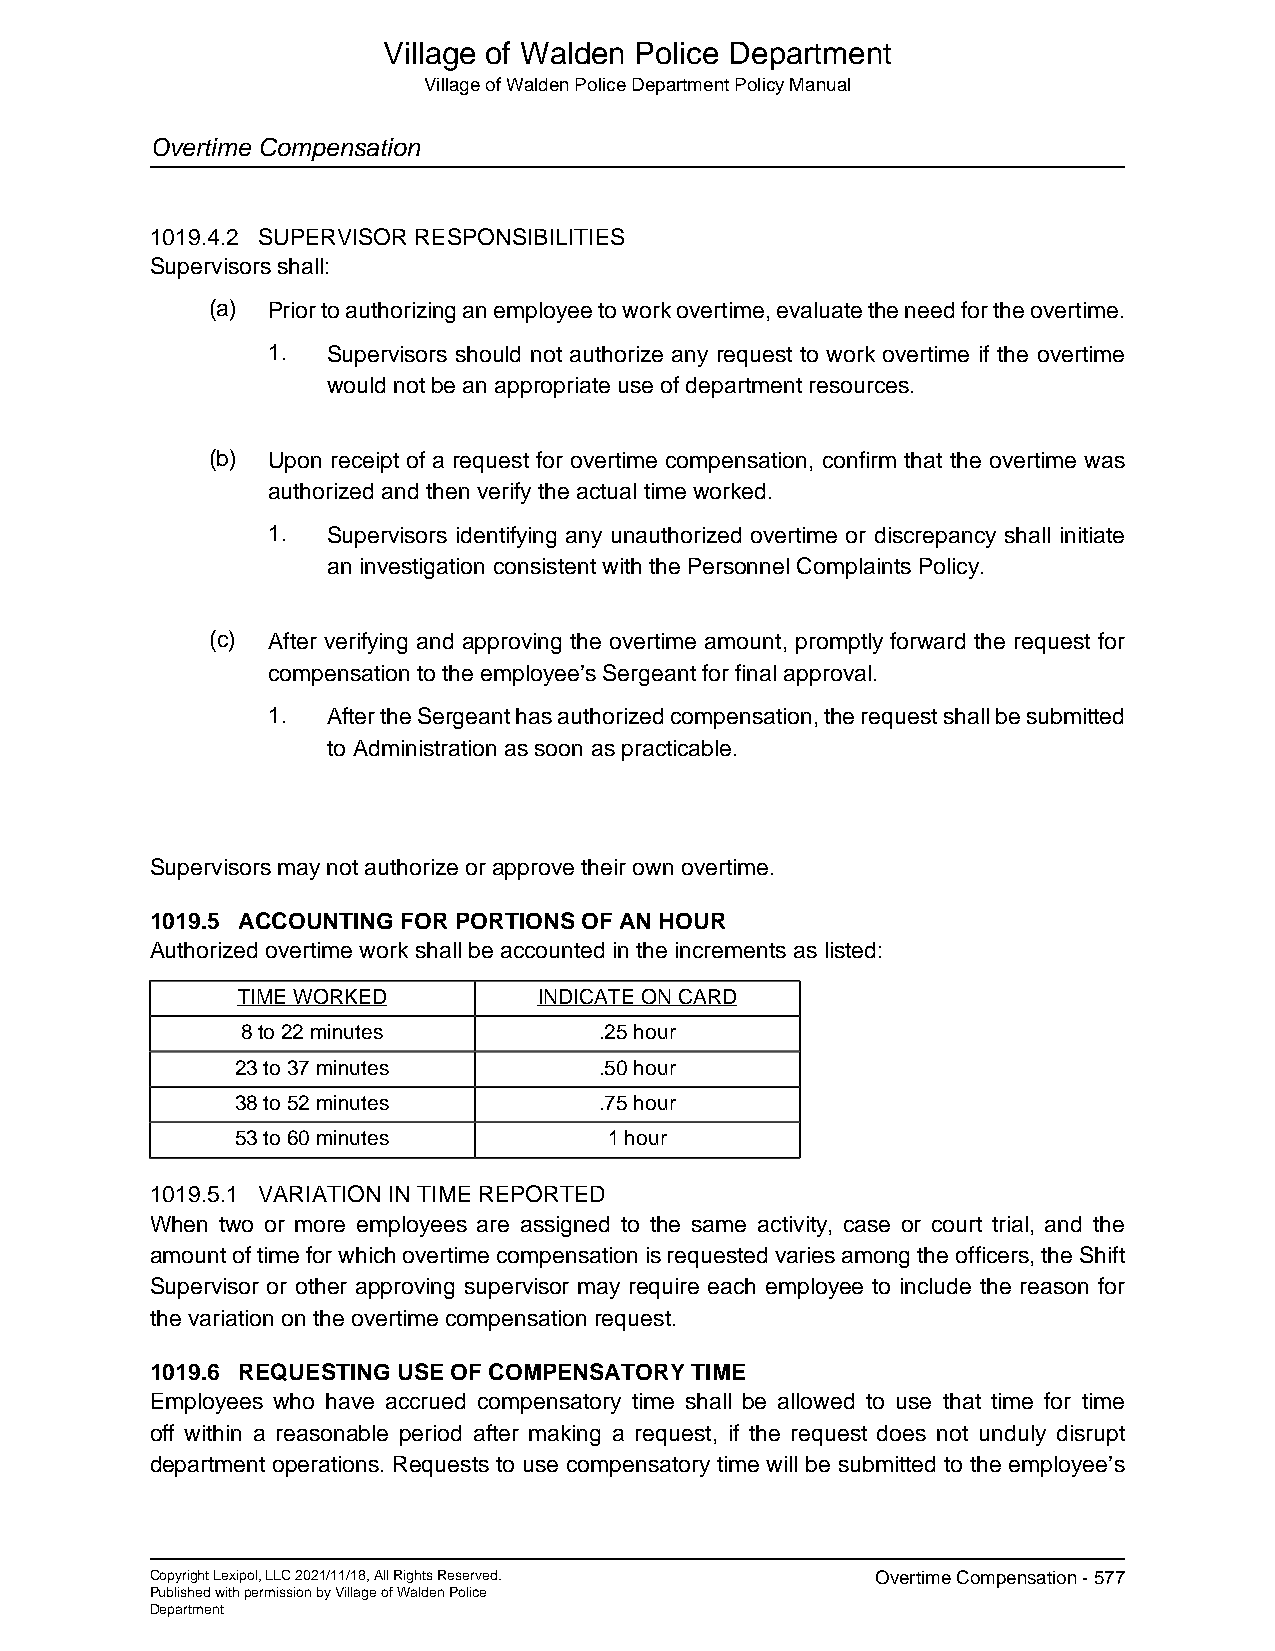
Village of Walden Police Department
 Village of Walden Police Department Policy Manual
 Overtime Compensation
 1019.4.2 SUPERVISOR RESPONSIBILITIES
 Supervisors shall:
 (a) Prior to authorizing an employee to work overtime, evaluate the need for the overtime.
 1.  Supervisors should not authorize any request to work overtime if the overtime
 would not be an appropriate use of department resources.
 (b) Upon receipt of a request for overtime compensation, confirm that the overtime was
 authorized and then verify the actual time worked.
 1.  Supervisors identifying any unauthorized overtime or discrepancy shall initiate
 an investigation consistent with the Personnel Complaints Policy.
 (c) After verifying and approving the overtime amount, promptly forward the request for
 compensation to the employee’s Sergeant for final approval.
 1.  After the Sergeant has authorized compensation, the request shall be submitted
 to Administration as soon as practicable.
 Supervisors may not authorize or approve their own overtime.
 1019.5 ACCOUNTING FOR PORTIONS OF AN HOUR
 Authorized overtime work shall be accounted in the increments as listed:
 TIME WORKED         INDICATE ON CARD
 8 to 22 minutes         .25 hour
 23 to 37 minutes        .50 hour
 38 to 52 minutes        .75 hour
 53 to 60 minutes        1 hour
 1019.5.1 VARIATION IN TIME REPORTED
 When two or more employees are assigned to the same activity, case or court trial, and the
 amount of time for which overtime compensation is requested varies among the officers, the Shift
 Supervisor or other approving supervisor may require each employee to include the reason for
 the variation on the overtime compensation request.
 1019.6 REQUESTING USE OF COMPENSATORY TIME
 Employees who have accrued compensatory time shall be allowed to use that time for time
 off within a reasonable period after making a request, if the request does not unduly disrupt
 department operations. Requests to use compensatory time will be submitted to the employee’s
 Copyright Lexipol, LLC 2021/11/18, All Rights Reserved. Overtime Compensation - 577
 Published with permission by Village of Walden Police
 Department